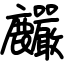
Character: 麣